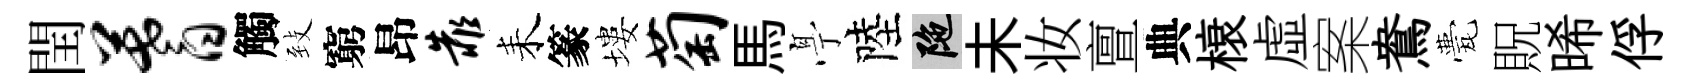
閏蓍觸𦤺窮昂靠耒篆塿萄馬𠅘陸陀未妆亶典榱虛案鴦甍貺晞俘